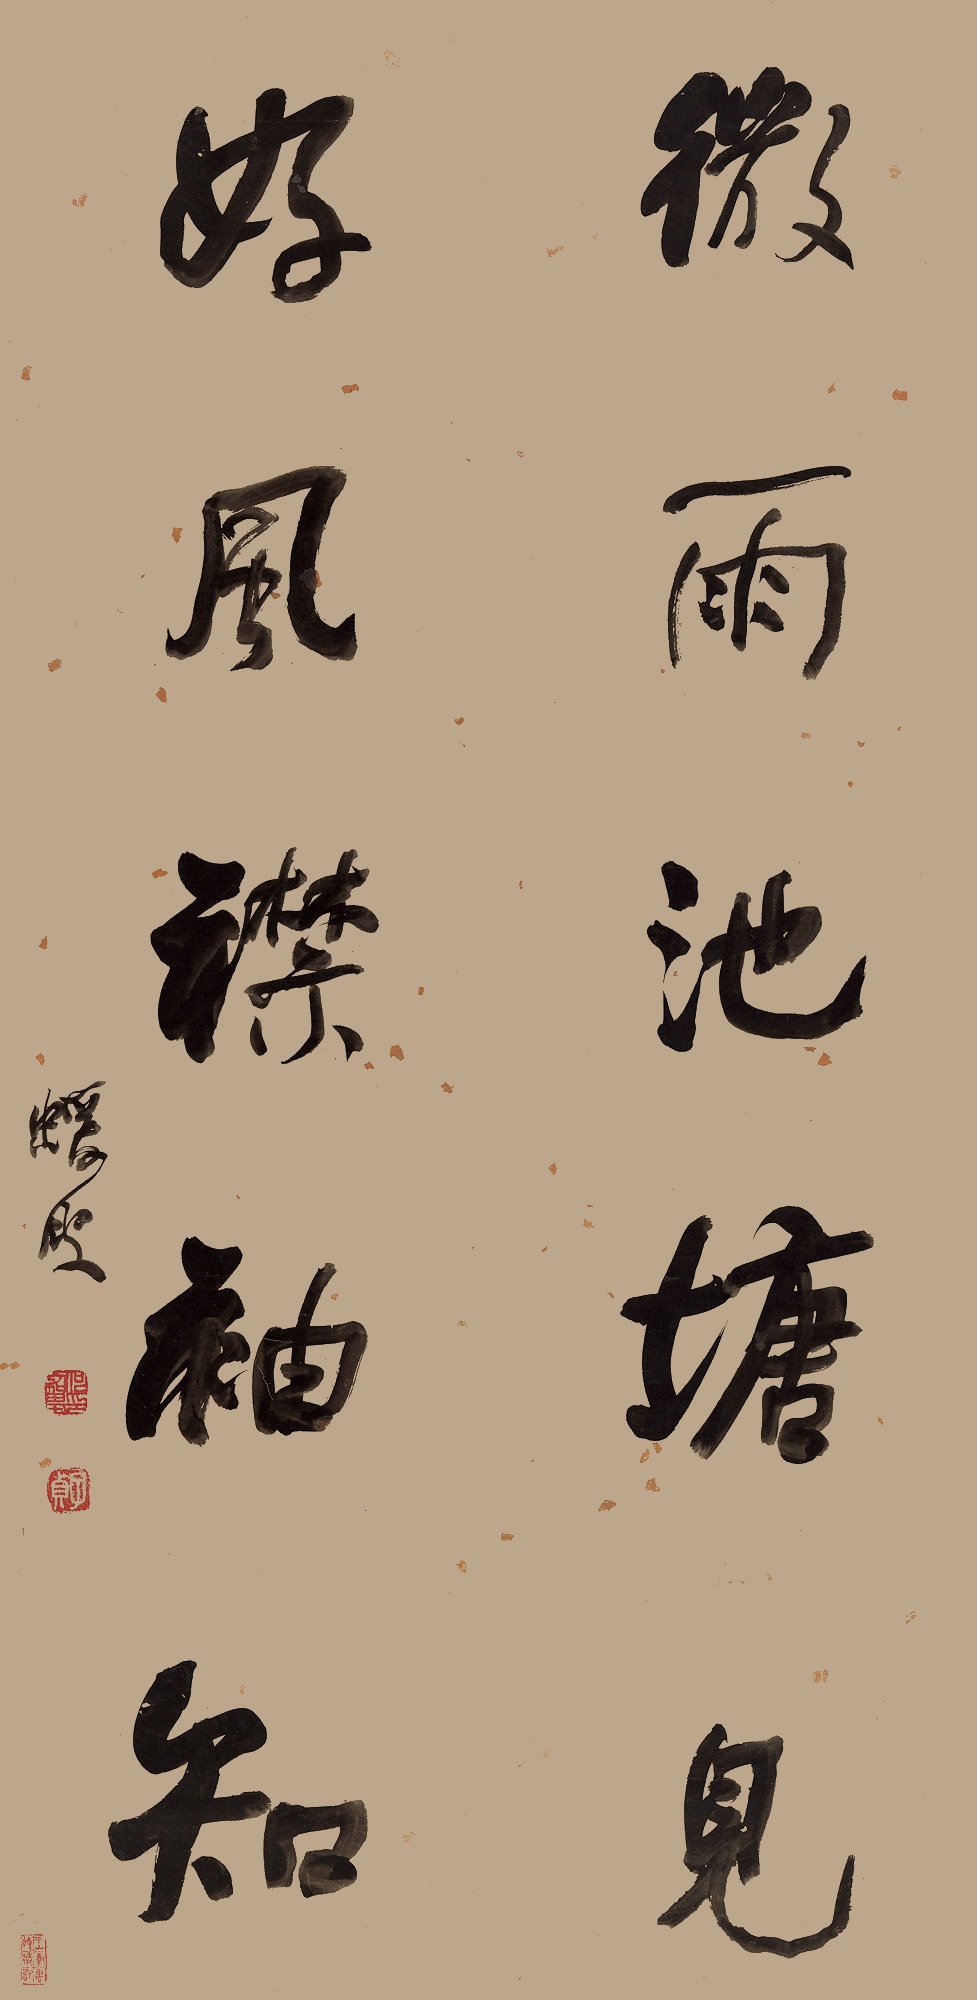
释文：微雨池塘见，好风襟袖知。蝯叟。